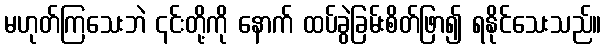
မဟုတ်ကြသေးဘဲ ၎င်းတို့ကို နောက် ထပ်ခွဲခြမ်းစိတ်ဖြာ၍ ရနိုင်သေးသည်။